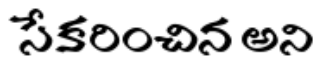
సేకరించిన అని